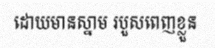
ដោយមានស្នាម របួសពេញខ្លួន